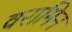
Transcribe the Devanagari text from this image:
वरामिन